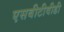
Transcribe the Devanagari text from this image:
एसबीटीवीडी